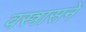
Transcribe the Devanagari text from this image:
वस्त्रासने